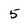
Character: 5